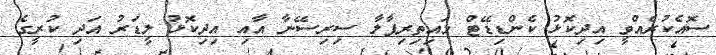
ސޮއެކުރެއްވީ އިދިކޮޅު ކެންޑިޑޭޓް މައިތިރިޕާލާ ސިރިސޭނާ އާއި އިދިކޮޅު ލީޑަރު އަދި ކުރީގެ